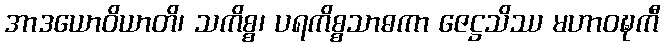
အာဒယောဝိယာတိ၊ သကိစ္စ၊ ပရကိစ္စသာဓကာ ဇေဋ္ဌသိဿ မဟာဝဍ္ဎကီ